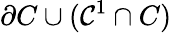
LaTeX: \partial C\cup(\mathcal{C}^{1}\cap C)